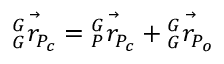
\vec { { } _ { G } ^ { G } r _ { P _ { c } } } = \vec { { } _ { P } ^ { G } r _ { P _ { c } } } + \vec { { } _ { G } ^ { G } r _ { P _ { o } } }